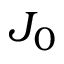
J _ { 0 }